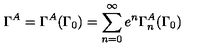
\Gamma ^ { A } = \Gamma ^ { A } ( \Gamma _ { 0 } ) = \sum _ { n = 0 } ^ { \infty } e ^ { n } \Gamma _ { n } ^ { A } ( \Gamma _ { 0 } )